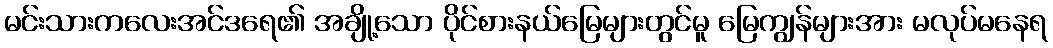
မင်းသားကလေးအင်ဒရေ၏ အချို့သော ပိုင်စားနယ်မြေများတွင်မူ မြေကျွန်များအား မလုပ်မနေရ